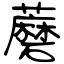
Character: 蘑